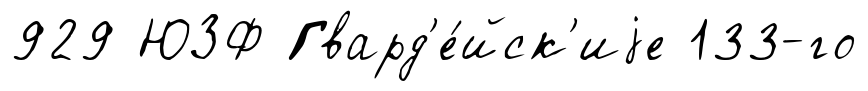
929 ЮЗФ Гвард'е́йск'иjе 133-го